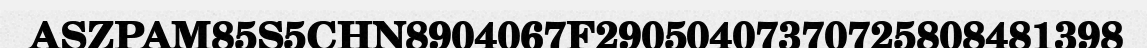
ASZPAM85S5CHN8904067F29050407370725808481398